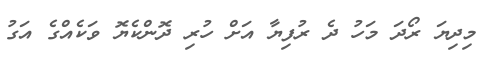
މިދިޔަ ރޯދަ މަހު ދެ ރުފިޔާ އަށް ހުރި ދޮންކެޔޮ ވަކެއްގެ އަގު